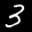
Label: 3